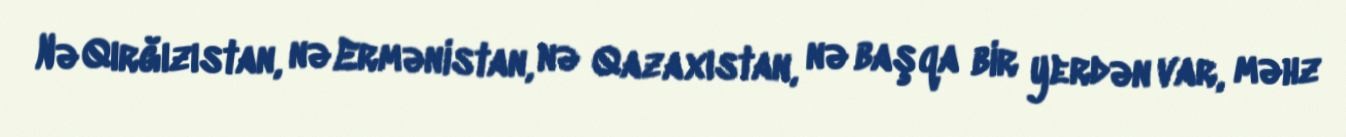
Nə Qırğızıstan, nə Ermənistan, nə Qazaxıstan, nə başqa bir yerdən var, məhz